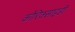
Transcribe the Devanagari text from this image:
कोरिक्साइडी